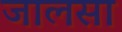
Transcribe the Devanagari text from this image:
जालसा